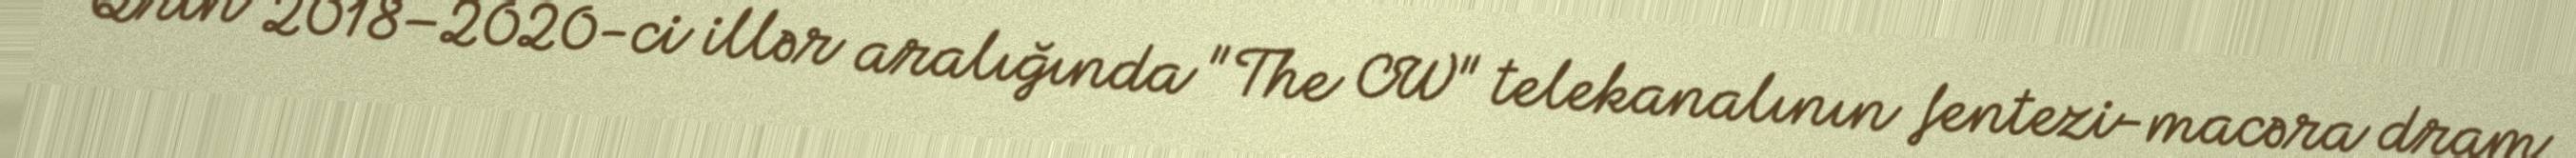
Qrin 2018–2020-ci illər aralığında "The CW" telekanalının fentezi-macəra dram